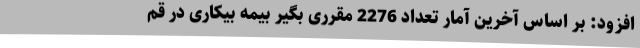
افزود: بر اساس آخرین آمار تعداد 2276 مقرری بگیر بیمه بیکاری در قم